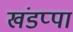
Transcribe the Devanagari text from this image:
खंडप्पा